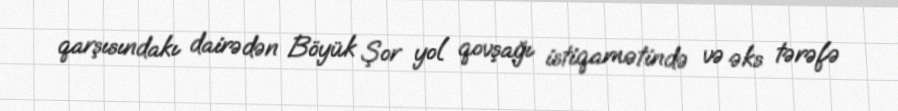
qarşısındakı dairədən Böyük Şor yol qovşağı istiqamətində və əks tərəfə